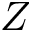
Z